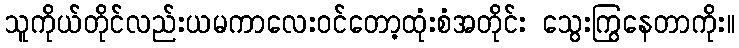
သူကိုယ်တိုင်လည်းယမကာလေးဝင်တော့ထုံးစံအတိုင်း သွေးကြွနေတာကိုး။